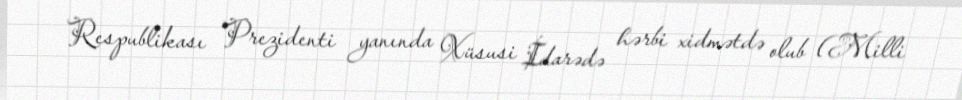
Respublikası Prezidenti yanında Xüsusi İdarədə hərbi xidmətdə olub (Milli